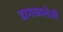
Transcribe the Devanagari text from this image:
डागाळलेली